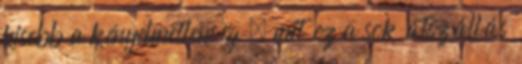
kisebb a kényelmetlenség , mit ez a sok átszállás